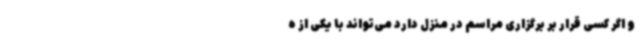
و اگر کسی قرار بر برگزاری مراسم در منزل دارد می‌تواند با یکی از ه